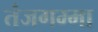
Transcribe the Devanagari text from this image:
तंजगम्मा